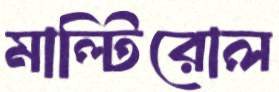
মাল্টিরোল